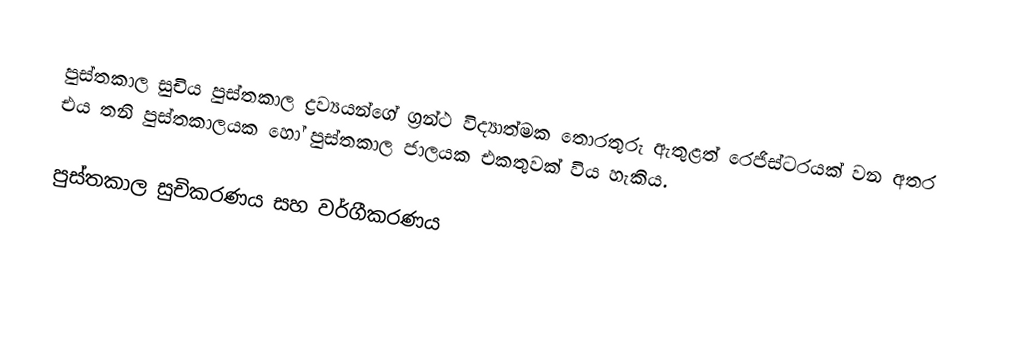
පුස්තකාල සුචිය පුස්තකාල ද්‍රව්‍යයන්ගේ ග්‍රන්ථ විද්‍යාත්මක තොරතුරු ඇතුළත් රෙජිස්ටරයක් වන අතර එය තනි පුස්තකාලයක හෝ පුස්තකාල ජාලයක එකතුවක් විය හැකිය.

පුස්තකාල සුචිකරණය සහ වර්ගීකරණය